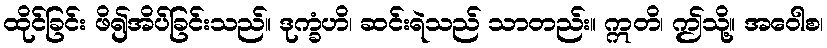
ထိုင်ခြင်း ဖိ၍အိပ်ခြင်းသည်။ ဒုက္ခံဟိ၊ ဆင်းရဲသည် သာတည်း။ ဣတိ၊ ဤသို့။ အဝေါစ၊